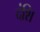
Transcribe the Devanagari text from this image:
दंशि